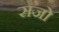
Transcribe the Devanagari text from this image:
सजो